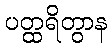
ပတ္ထရိတွာန